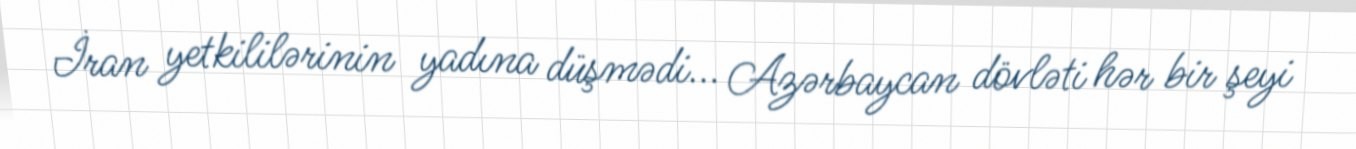
İran yetkililərinin yadına düşmədi... Azərbaycan dövləti hər bir şeyi